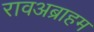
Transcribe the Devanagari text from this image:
रावअब्राहम